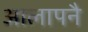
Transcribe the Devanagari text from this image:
आलापनै